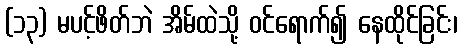
(၁၃) မပင့်ဖိတ်ဘဲ အိမ်ထဲသို့ ဝင်ရောက်၍ နေထိုင်ခြင်း၊